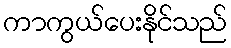
ကာကွယ်ပေးနိုင်သည်